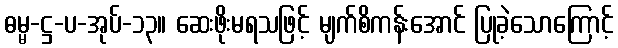
ဓမ္မ-ဋ္ဌ-ပ-အုပ်-၁၃။ ဆေးဖိုးမရသဖြင့် မျက်စိကန်းအောင် ပြုခဲ့သောကြောင့်